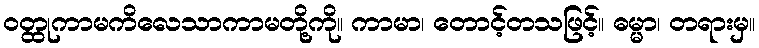
ဝတ္ထုကာမကိလေသာကာမတို့ကို။ ကာမာ၊ တောင့်တသဖြင့်။ ဓမ္မာ၊ တရားမှ။